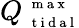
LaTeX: Q_{\mathrm{~\scriptsize~t~i~d~a~l~}}^{\mathrm{~\scriptsize~m~a~x~}}